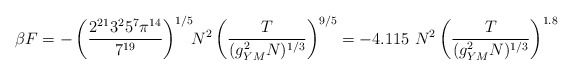
\begin{align*}\beta F = - \left( { 2^{21} 3^2 5^7 \pi^{14} \over7^{19}}\right)^{1/5} \!\! N^2 \left({T \over (g_{YM}^2 N)^{1/3}}\right)^{9/5} = - 4.115 ~ N^2 \left({T \over (g_{YM}^2 N)^{1/3}} \right)^{1.8}\end{align*}